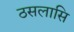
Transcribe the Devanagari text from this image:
ठसलासि